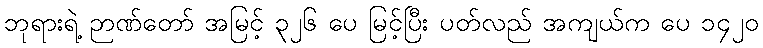
ဘုရားရဲ့ ဉာဏ်တော် အမြင့် ၃၂၆ ပေ မြင့်ပြီး ပတ်လည် အကျယ်က ပေ ၁၄၂၀